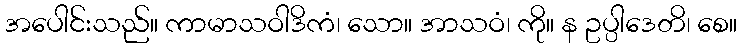
အပေါင်းသည်။ ကာမာသဝါဒိကံ၊ သော။ အာသဝံ၊ ကို။ န ဥပ္ပါဒေတိ၊ စေ။